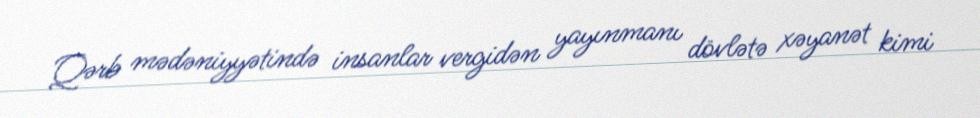
Qərb mədəniyyətində insanlar vergidən yayınmanı dövlətə xəyanət kimi